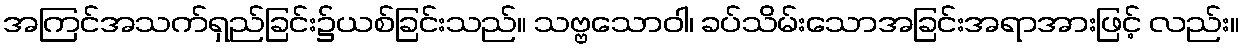
အကြင်အသက်ရှည်ခြင်း၌ယစ်ခြင်းသည်။ သဗ္ဗသောဝါ၊ ခပ်သိမ်းသောအခြင်းအရာအားဖြင့် လည်း။